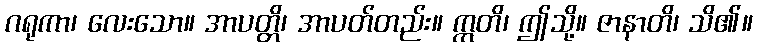
ဂရုကာ၊ လေးသော။ အာပတ္တိ၊ အာပတ်တည်း။ ဣတိ၊ ဤသို့။ ဇာနာတိ၊ သိ၏။